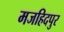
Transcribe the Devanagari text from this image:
मजहिदपुर